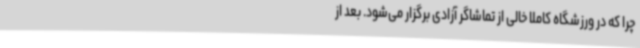
چرا که در ورزشگاه کاملا خالی از تماشاگر آزادی برگزار می‌شود. بعد از